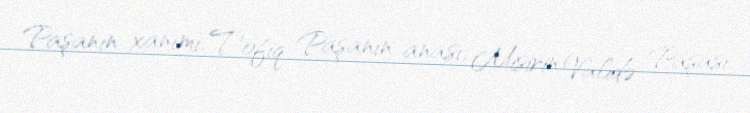
Paşanın xanımı, Tofiq Paşanın anası, Misirin Validə Paşası.